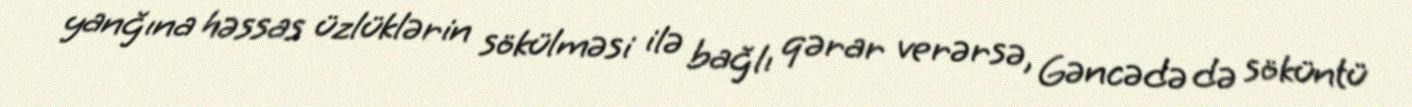
yanğına həssas üzlüklərin sökülməsi ilə bağlı qərar verərsə, Gəncədə də söküntü